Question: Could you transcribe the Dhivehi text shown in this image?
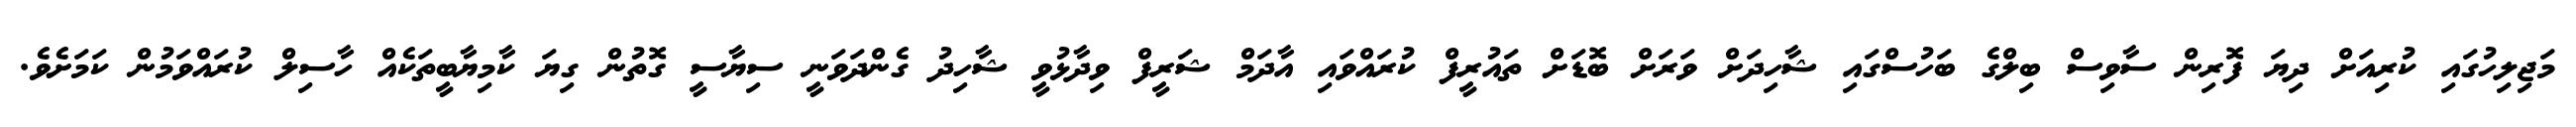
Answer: މަޖިލިހުގައި ކުރިއަށް ދިޔަ ފޮރިން ސާވިސް ބިލްގެ ބަހުސްގައި ޝާހިދަށް ވަރަށް ބޮޑަށް ތައުރީފް ކުރައްވައި އާދަމް ޝަރީފް ވިދާޅުވީ ޝާހިދު ގެންދަވަނީ ސިޔާސީ ގޮތުން ގިޔަ ކާމިޔާބީތަކެއް ހާސިލް ކުރައްވަމުން ކަމަށެވެ.